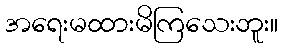
အရေးမထားမိကြသေးဘူး။